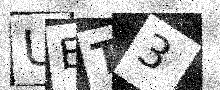
Text: UET3